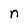
Character: n